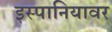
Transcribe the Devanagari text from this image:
इस्पानियावर